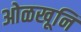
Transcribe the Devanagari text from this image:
ओळखूनि